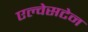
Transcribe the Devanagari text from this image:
एल्वेसटेन